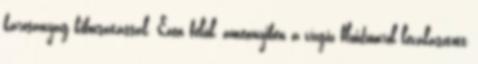
károsanyag kibocsátással. Ezen felül, amennyiben a vízgőz fluidumról leválasztott